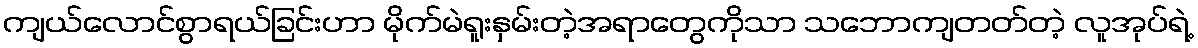
ကျယ်လောင်စွာရယ်ခြင်းဟာ မိုက်မဲရူးနှမ်းတဲ့အရာတွေကိုသာ သဘောကျတတ်တဲ့ လူအုပ်ရဲ့